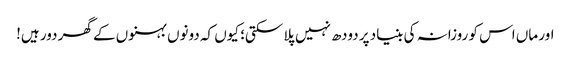
اور ماں اس کو روزانہ کی بنیاد پر دودھ نہیں پلا سکتی؛ کیوں کہ دونوں بہنوں کے گھر دور ہیں!